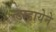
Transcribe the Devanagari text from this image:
न्डाडायेने